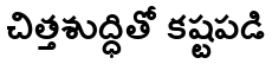
చిత్తశుద్ధితో కష్టపడి